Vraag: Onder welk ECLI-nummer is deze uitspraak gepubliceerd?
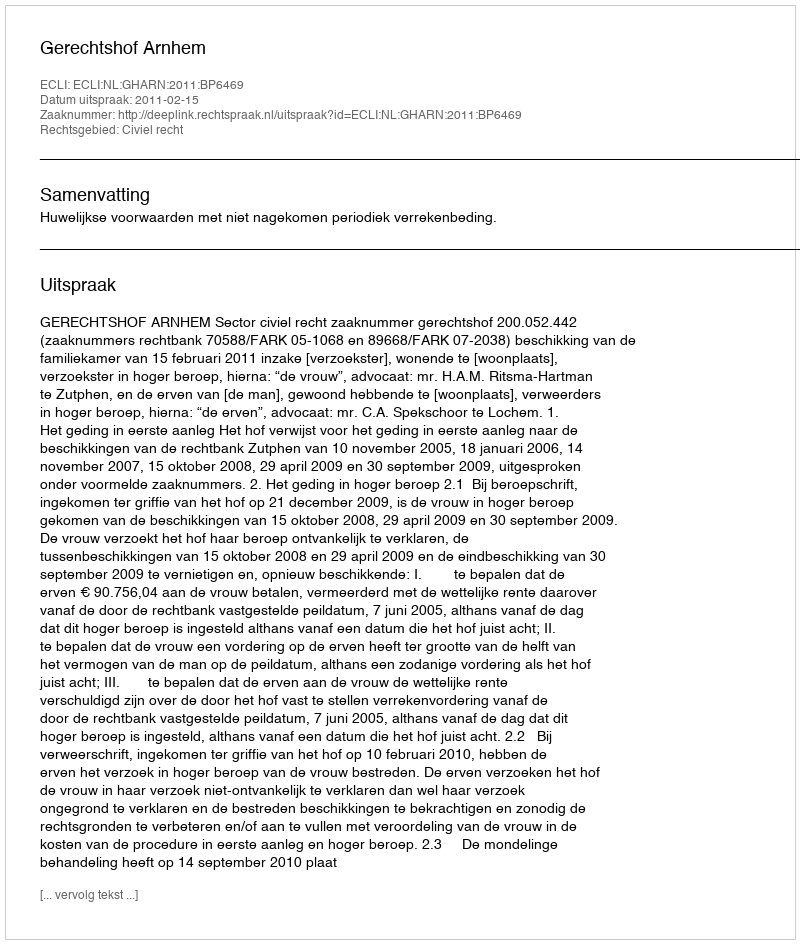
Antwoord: ECLI:NL:GHARN:2011:BP6469